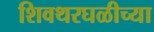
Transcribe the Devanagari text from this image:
शिवथरघळीच्या